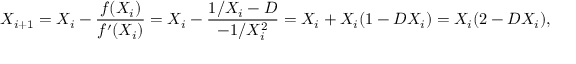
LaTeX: X _ { i + 1 } = X _ { i } - { \frac { f ( X _ { i } ) } { f ^ { \prime } ( X _ { i } ) } } = X _ { i } - { \frac { 1 / X _ { i } - D } { - 1 / X _ { i } ^ { 2 } } } = X _ { i } + X _ { i } ( 1 - D X _ { i } ) = X _ { i } ( 2 - D X _ { i } ) ,